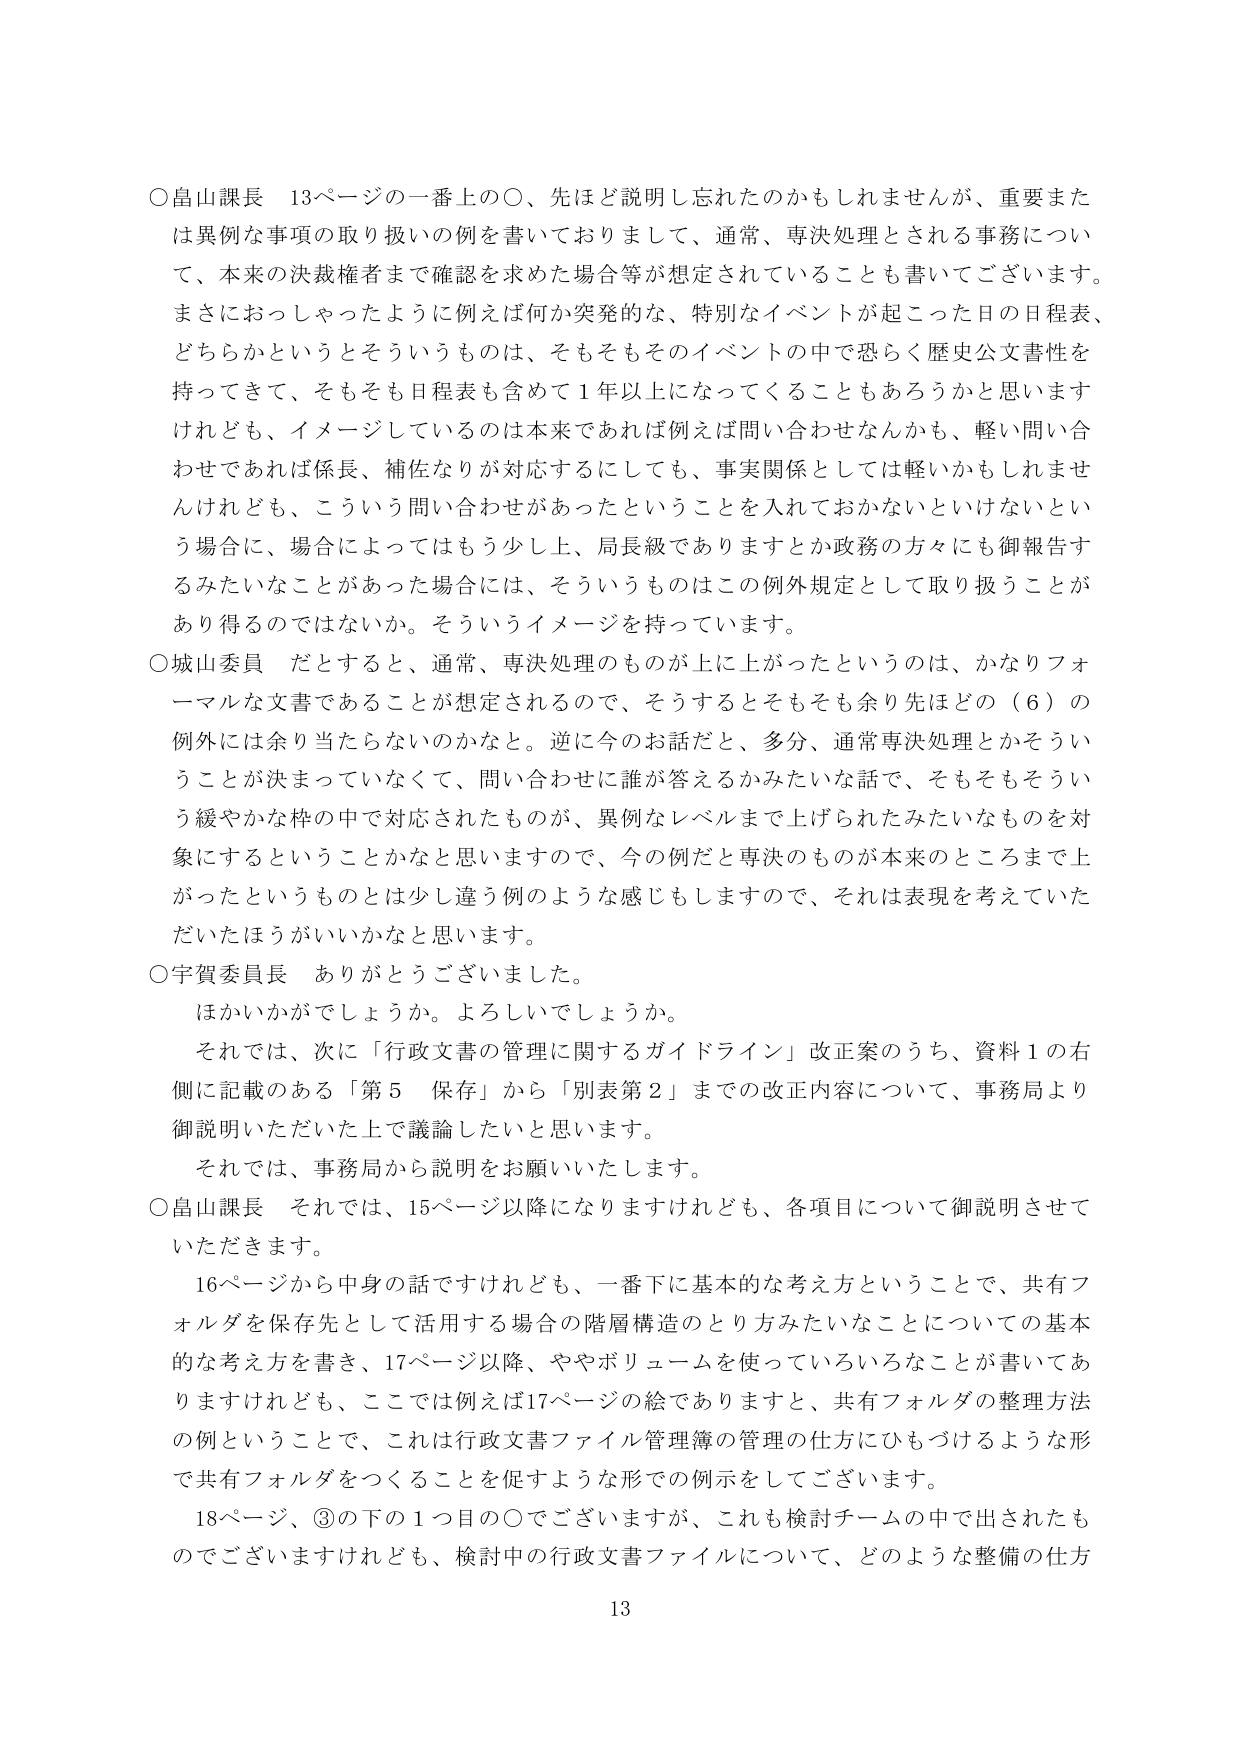
○畠山課長　13ページの一番上の○、先ほど説明し忘れたのかもしれませんが、重要または異例な事項の取り扱いの例を書いておりまして、通常、専決処理とされる事務について、本来の決裁権者まで確認を求めた場合等が想定されていることも書いてございます。まさににおっしゃったように例えば何か突発的な、特別なイベントが起こった日の日程表、どちらかというとそういうものは、そもそもそのイベントの中で恐らく歴史公文書性を持ってきて、そもそも日程表も含めて1年以上になってくることもあるかと思いますけれども、イメージしているのは本来であれば例えば問い合わせなんかも、軽い問い合わせであれば係長、補佐なりが対応するにしても、事実関係としては軽いかもしれませんが、こういう問い合わせがあったということを入れておかないといけないという場合に、場合によってはもう少し上、局長級でありますとか政務の方々にも御報告するみたいなことがあった場合には、そういうものはこの例外規定として取り扱うことがあり得るのではないか。そういうイメージを持っています。

○城山委員　だとすると、通常、専決処理のものが上に上がったというのは、かなりフォーマルな文書であることが想定されるので、そうするとそもそも余り先ほどの（6）の例外には余り当たらないのかなと。逆に今のお話だと、多分、通常専決処理とかそういうことが決まっていなくて、問い合わせに誰が答えるかみたいな話で、そもそもそういう緩やかな枠の中で対応されたものが、異例なレベルまで上げられたみたいなものを対象にするということかなと思いますので、今の例だと専決のものが本来のところまで上がったというものは少し違う例のような感じもしますので、それは表現を考えていただいたほうがいいかなと思います。

○宇賀委員長　ありがとうございました。

　ほかいかがでしょうか。よろしいでしょうか。

　それでは、次に「行政文書の管理に関するガイドライン」改正案のうち、資料1の右側に記載のある「第5　保存」から「別表第2」までの改正内容について、事務局より御説明いただいた上で議論したいと思います。

　それでは、事務局から説明をお願いいたします。

○畠山課長　それでは、15ページ以降になりますけれども、各項目について御説明させていただきます。

　16ページから中身の話ですけれども、一番下に基本的な考え方ということで、共有フォルダを保存先として活用する場合の階層構造のとり方みたいなことについての基本的な考え方を書き、17ページ以降、ややボリュームを使っているようなことが書いてありますけれども、ここでは例えば17ページの絵でありますと、共有フォルダの整理方法の例ということで、これは行政文書ファイル管理簿の管理の仕方にひもづけるような形で共有フォルダをつくることを促すような形での例示をしてございます。

　18ページ、③の下の1つ目の○でございますが、これも検討チームの中で出されたものでございますけれども、検討中の行政文書ファイルについて、どのような整備の仕方

13